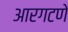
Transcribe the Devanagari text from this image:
आरगटणे